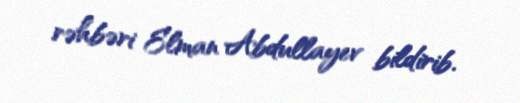
rəhbəri Elman Abdullayev bildirib.